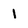
Character: 1